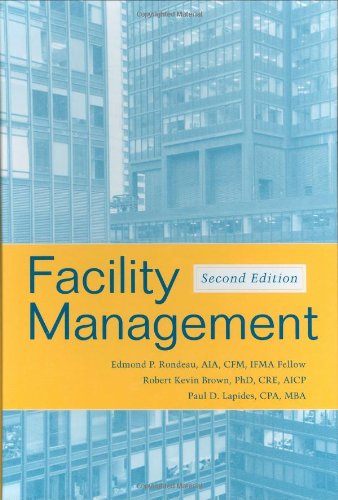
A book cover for Facility Management; Edmond P. Rondeau; Business & Money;